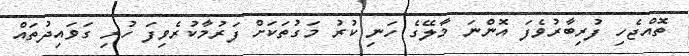
ތޮއްޖެހި ފުރިބާރުވެފަ އޮންނަ މާލޭގެ ހަނި ކުރު މަގުތަކަށް ފަރުމާކުރެވިފަ ހުރި ގަވައިދުތައް